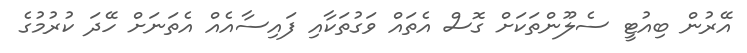
އޭރުން ބިއުޓީ ސެލޫންތަކަށް ގޮސް އެތައް ވަގުތަކާއި ފައިސާއެއް އެތަނަށް ހޭދަ ކުރުމުގެ